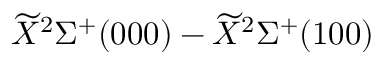
\widetilde { X } ^ { 2 } \Sigma ^ { + } ( 0 0 0 ) - \widetilde { X } ^ { 2 } \Sigma ^ { + } ( 1 0 0 )